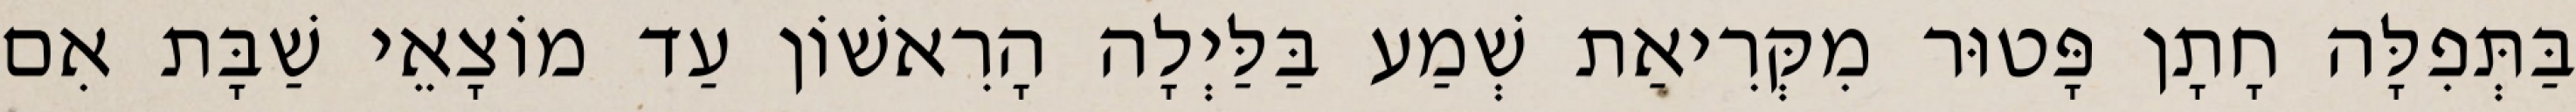
בַּתְּפִלָּה חָתָן פָּטוּר מִקְּרִיאַת שְׁמַע בַּלַּיְלָה הָרִאשׁוֹן עַד מוֹצָאֵי שַׁבָּת אִם